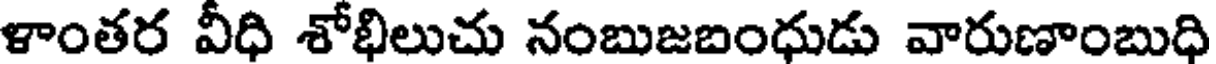
ళాంతర వీధి శోభిలుచు నంబుజబంధుడు వారుణాంబుధి